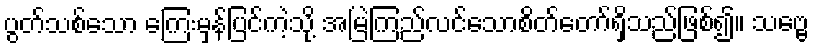
ပွတ်သစ်သော ကြေးမှန်ပြင်ကဲ့သို့ အမြဲကြည်လင်သောစိတ်တော်ရှိသည်ဖြစ်၍။ သဗ္ဗေ